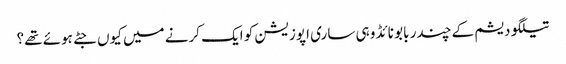
تیلگو دیشم کے چندر بابو نائڈو ہی ساری اپوزیشن کو ایک کرنے میں کیوں جٹے ہوئے تھے؟